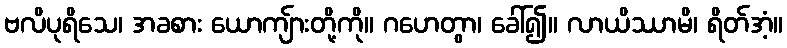
ဗလိပုရိသေ၊ အခစား ယောကျ်ားတို့ကို။ ဂဟေတွာ၊ ခေါ်၍။ လာယိဿာမိ၊ ရိတ်အံ့။